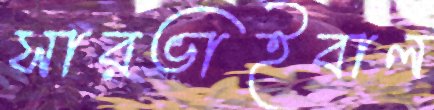
সারভাইবাল